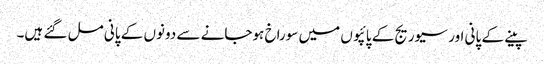
پینے کے پانی اور سیوریج کے پائپوں میں سوراخ ہوجانے سے دونوں کے پانی مل گئے ہیں۔